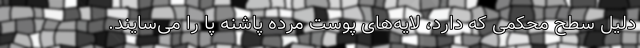
دلیل سطح محکمی که دارد، لایه‌های پوست مرده پاشنه پا را می‌سایند.